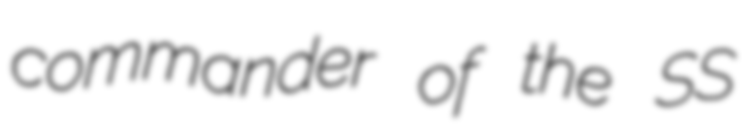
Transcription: commander of the SS